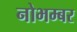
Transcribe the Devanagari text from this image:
नोभम्बर